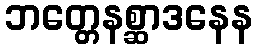
ဘတ္တေနစ္ဆာဒနေန